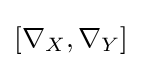
[\nabla _{X},\nabla _{Y}]